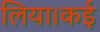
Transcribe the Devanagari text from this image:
लिया।कई